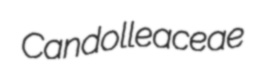
Candolleaceae